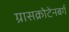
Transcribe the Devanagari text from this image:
ग्रासक्रोटेनबर्ग